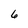
Character: 6